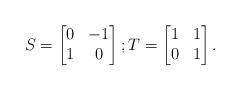
LaTeX: \begin{align*}S = \begin{bmatrix}0&-1\\1&0\end{bmatrix};T = \begin{bmatrix}1&1\\0&1\end{bmatrix}.\end{align*}